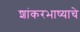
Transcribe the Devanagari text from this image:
शांकरभाष्याचे